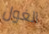
الغول